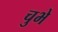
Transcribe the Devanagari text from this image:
चुभे